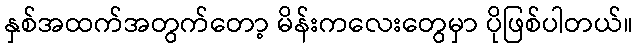
နှစ်အထက်အတွက်တော့ မိန်းကလေးတွေမှာ ပိုဖြစ်ပါတယ်။